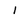
Character: l